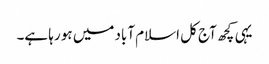
یہی کچھ آج کل اسلام آباد میں ہو رہا ہے۔